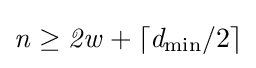
{\mathit {n}}\geq {\mathit {2w}}+\lceil {\mathit {d_{\min }}}/2\rceil